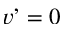
v ’ = 0